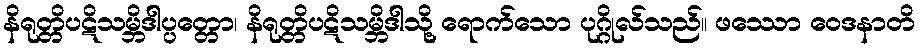
နိရုတ္တိပဋိသမ္ဘိဒါပ္ပတ္တော၊ နိရုတ္တိပဋိသမ္ဘိဒါသို့ ရောက်သော ပုဂ္ဂိုလ်သည်။ ဖဿော ဝေဒနာတိ